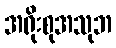
အရိုးစုအသုဘ